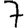
Digit: 7